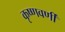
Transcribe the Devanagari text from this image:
कृष्णवर्णी